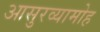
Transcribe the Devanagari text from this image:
आसुरव्यामोह